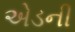
એડની